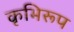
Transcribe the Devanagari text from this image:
कृभिरूप